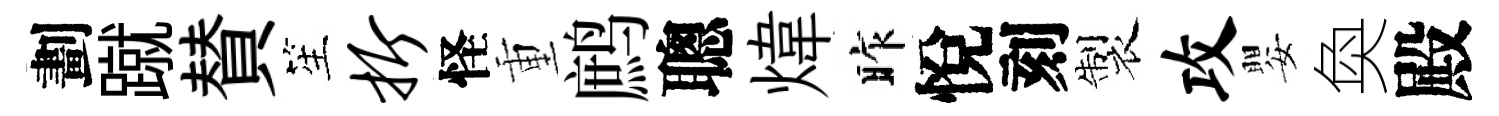
劃蹴賛笙折怪重鹧聰煒昨悅刻製攻嬰奐殿